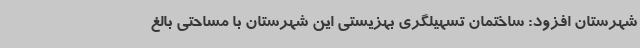
شهرستان افزود: ساختمان تسهیلگری بهزیستی این شهرستان با مساحتی بالغ